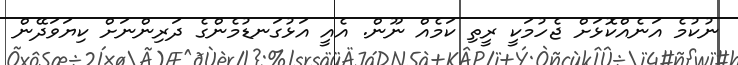
ނުކުމެ އަނެއްކޮޅަށް ޖެހުމަކީ ރީތި ކަމެއް ނޫން. އެއީ އަޅުގަނޑުމެންގެ ދަރިންނަށް ކިޔަވަދޭން